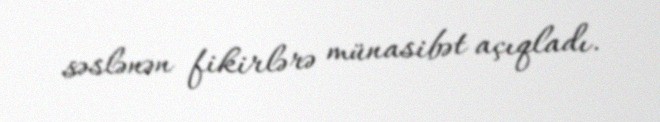
səslənən fikirlərə münasibət açıqladı.